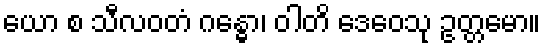
ယော စ သီလဝတံ ဂန္ဓော၊ ဝါတိ ဒေဝေသု ဥတ္တမော။